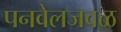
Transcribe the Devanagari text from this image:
पनवेलजवळ